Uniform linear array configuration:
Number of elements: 12
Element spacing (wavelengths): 0.25
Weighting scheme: hann
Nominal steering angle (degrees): -45
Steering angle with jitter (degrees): -46.998
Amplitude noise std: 0.05
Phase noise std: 0.05

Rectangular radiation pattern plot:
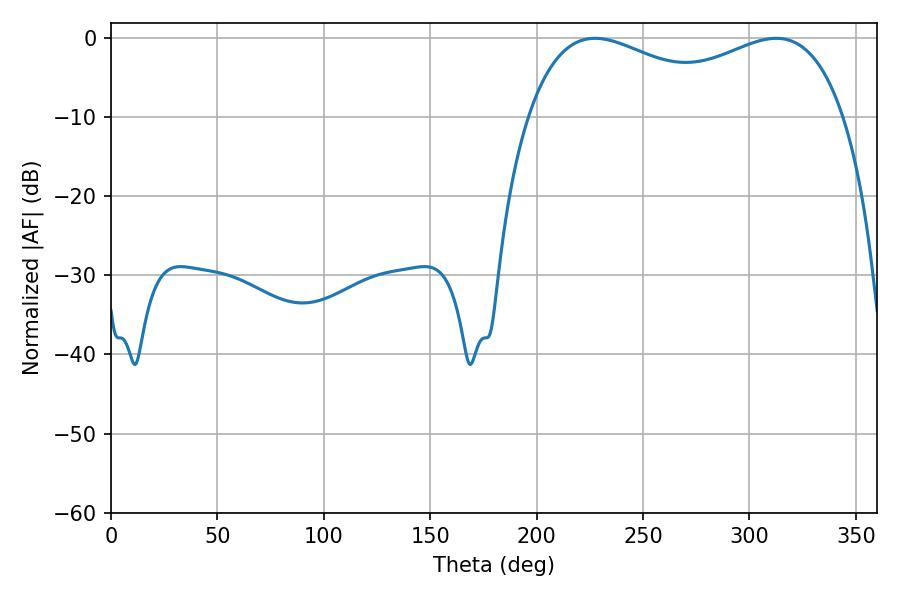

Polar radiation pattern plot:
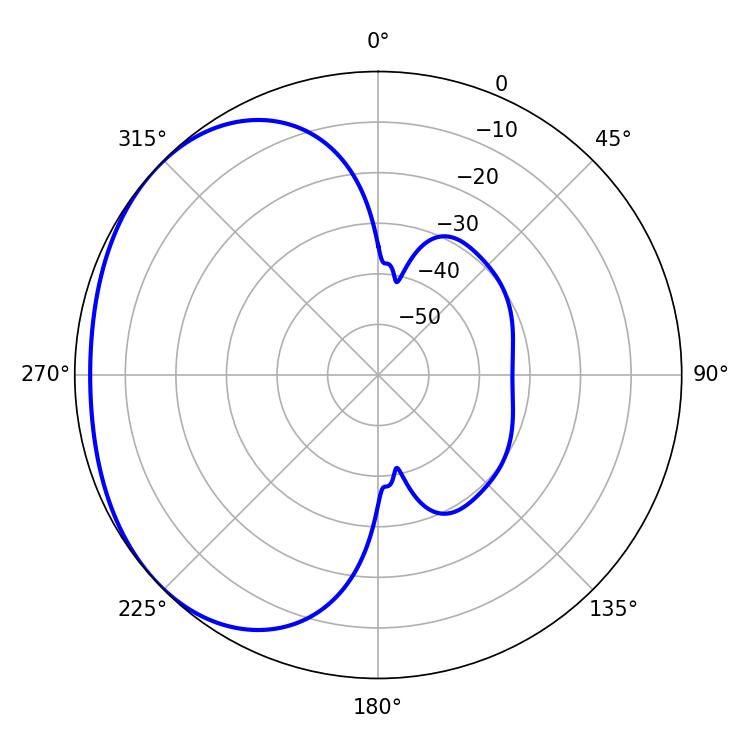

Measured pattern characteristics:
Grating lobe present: FALSE
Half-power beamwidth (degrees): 58.14
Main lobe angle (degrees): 227.34